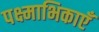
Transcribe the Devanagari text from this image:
पक्ष्माभिकाएँ